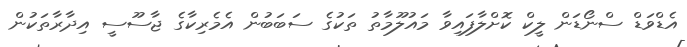
އެޑްވަޑް ސްނޯޑަން ލީކް ކޮށްލާފައިވާ މައުލޫމާތު ތަކުގެ ސަބަބުން އެމެރިކާގެ ޖާސޫސީ އިދާރާތަކުން